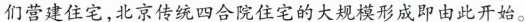
们营建住宅，北京传统四合院住宅的大规模形成即由此开始。